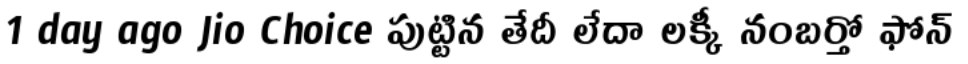
1 day ago Jio Choice పుట్టిన తేదీ లేదా లక్కీ నంబర్తో ఫోన్